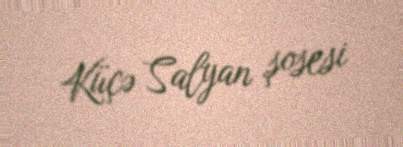
Küçə Salyan şosesi